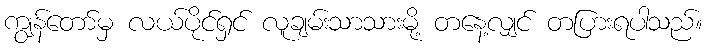
ကျွန်တော်မှ လယ်ပိုင်ရှင် လူချမ်းသာသားမို့ တနေ့လျှင် တပြားရပါသည်။